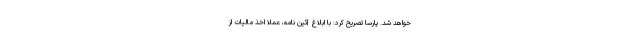
خواهد شد. پارسا تصریح کرد: با ابلاغ آئین نامه، عملاً اخذ مالیات از